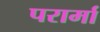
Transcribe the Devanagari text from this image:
परार्मा